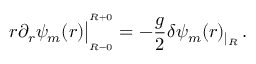
r \partial _ { r } \psi _ { m } ( r ) \big | _ { _ { R - 0 } } ^ { ^ { R + 0 } } = - { \frac { g } { 2 } } \delta \psi _ { m } ( r ) _ { | _ { R } } \, .